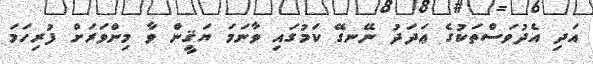
އަދި އެދުވަސްތަކުގެ ޢަދަދު ނޭނގޭ ކަމުގައި ވާނަމަ ޔަޤީން ވާ މިންވަރަށް ފުރިހަމަ